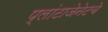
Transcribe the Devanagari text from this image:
प्लांटाजेनेटचे